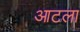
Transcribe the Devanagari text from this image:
आटला